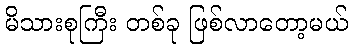
မိသားစုကြီး တစ်ခု ဖြစ်လာတော့မယ်